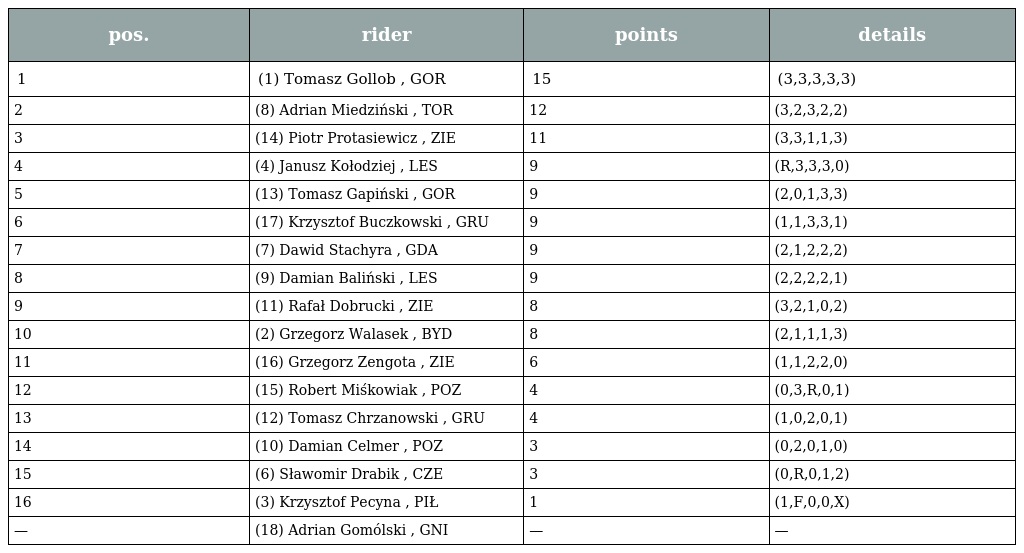
| pos. | rider | points | details |
 | --- | --- | --- | --- |
 | 1 | (1) Tomasz Gollob , GOR | 15 | (3,3,3,3,3) |
 | 2 | (8) Adrian Miedziński , TOR | 12 | (3,2,3,2,2) |
 | 3 | (14) Piotr Protasiewicz , ZIE | 11 | (3,3,1,1,3) |
 | 4 | (4) Janusz Kołodziej , LES | 9 | (R,3,3,3,0) |
 | 5 | (13) Tomasz Gapiński , GOR | 9 | (2,0,1,3,3) |
 | 6 | (17) Krzysztof Buczkowski , GRU | 9 | (1,1,3,3,1) |
 | 7 | (7) Dawid Stachyra , GDA | 9 | (2,1,2,2,2) |
 | 8 | (9) Damian Baliński , LES | 9 | (2,2,2,2,1) |
 | 9 | (11) Rafał Dobrucki , ZIE | 8 | (3,2,1,0,2) |
 | 10 | (2) Grzegorz Walasek , BYD | 8 | (2,1,1,1,3) |
 | 11 | (16) Grzegorz Zengota , ZIE | 6 | (1,1,2,2,0) |
 | 12 | (15) Robert Miśkowiak , POZ | 4 | (0,3,R,0,1) |
 | 13 | (12) Tomasz Chrzanowski , GRU | 4 | (1,0,2,0,1) |
 | 14 | (10) Damian Celmer , POZ | 3 | (0,2,0,1,0) |
 | 15 | (6) Sławomir Drabik , CZE | 3 | (0,R,0,1,2) |
 | 16 | (3) Krzysztof Pecyna , PIŁ | 1 | (1,F,0,0,X) |
 | — | (18) Adrian Gomólski , GNI | — | — |